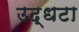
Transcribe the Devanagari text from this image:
उद्धटा